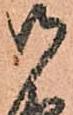
御